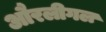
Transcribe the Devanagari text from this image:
औरलीगल